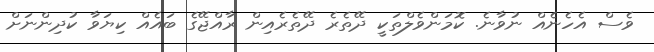
ވެސް އެހެނެއް ނުވާނެ. ކޮމަންވެލްތަކީ ދޭތެރެ ދޭތެރެއިން ރާއްޖޭގެ ބައެއް ކިޔަވާ ކުދިންނަށް